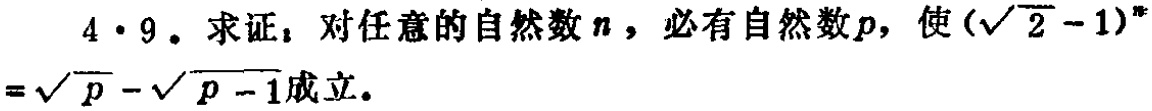
4·9. 求证：对任意的自然数\(n\)，必有自然数\(p\)，使\((\sqrt{2} - 1)^n=\sqrt{p}-\sqrt{p - 1}\)成立。